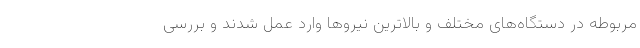
مربوطه در دستگاه‌های مختلف و بالاترین نیرو‌ها وارد عمل شدند و بررسی